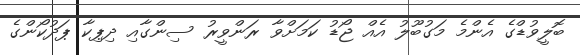
ބޮލީވުޑްގެ އެންމެ މަގުބޫލު އެއް ޖޯޑު ކަމަށްވާ ރަންވީރު ސިންގާއި ދިޕިކާ ޕަދުކޯންގެ